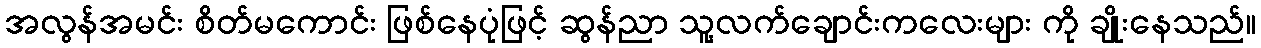
အလွန်အမင်း စိတ်မကောင်း ဖြစ်နေပုံဖြင့် ဆွန်ညာ သူ့လက်ချောင်းကလေးများ ကို ချိုးနေသည်။